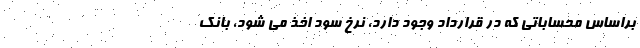
براساس محساباتی که در قرارداد وجود دارد، نرخ سود اخذ می شود، بانک